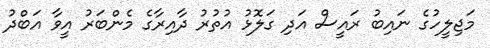
މަޖިލީހުގެ ނައިބު ރައީސް އަދި ގަލޮޅު އުތުރު ދާއިރާގެ މެންބަރު އީވާ އަބްދު